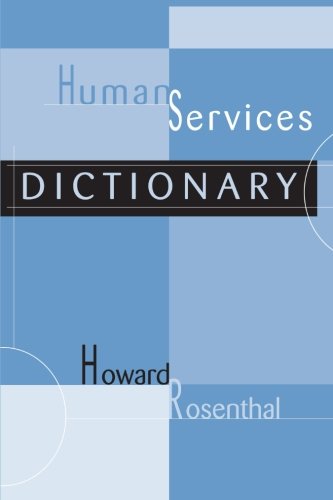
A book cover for Human Services Dictionary; Howard Rosenthal; Reference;